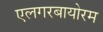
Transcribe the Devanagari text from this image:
एलगरबायोरम